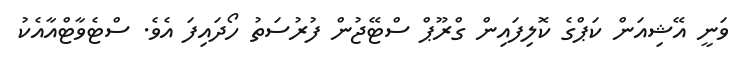
ވަނީ އޭޝިއަން ކަޕްގެ ކޮލިފައިން ގްރޫޕް ސްޓޭޖުން ފުރުސަތު ހޯދައިފަ އެވެ. ސްޓެވާޓްއާއެކު